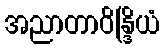
အညာတာဝိန္ဒြိယံ